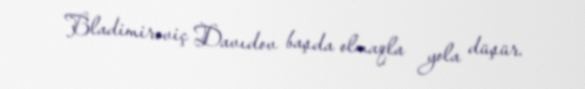
Bladimiroviç Davıdov başda olmaqla yola düşür.